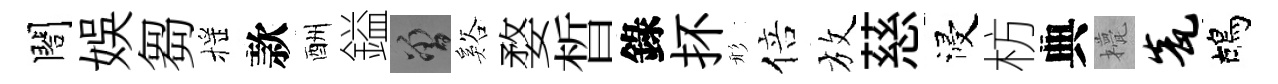
閤娱芻摇款酬鎰曾谿婺晳錄抔形倍放慈浸枋典甍瓮鴣